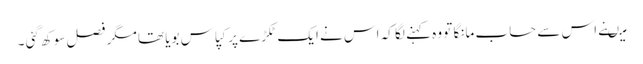
میںنے اس سے حساب مانگا تو وہ کہنے لگا کہ اس نے ایک ٹکڑے پر کپاس بویا تھا مگر فصل سوکھ گئی ۔